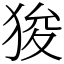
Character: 狻